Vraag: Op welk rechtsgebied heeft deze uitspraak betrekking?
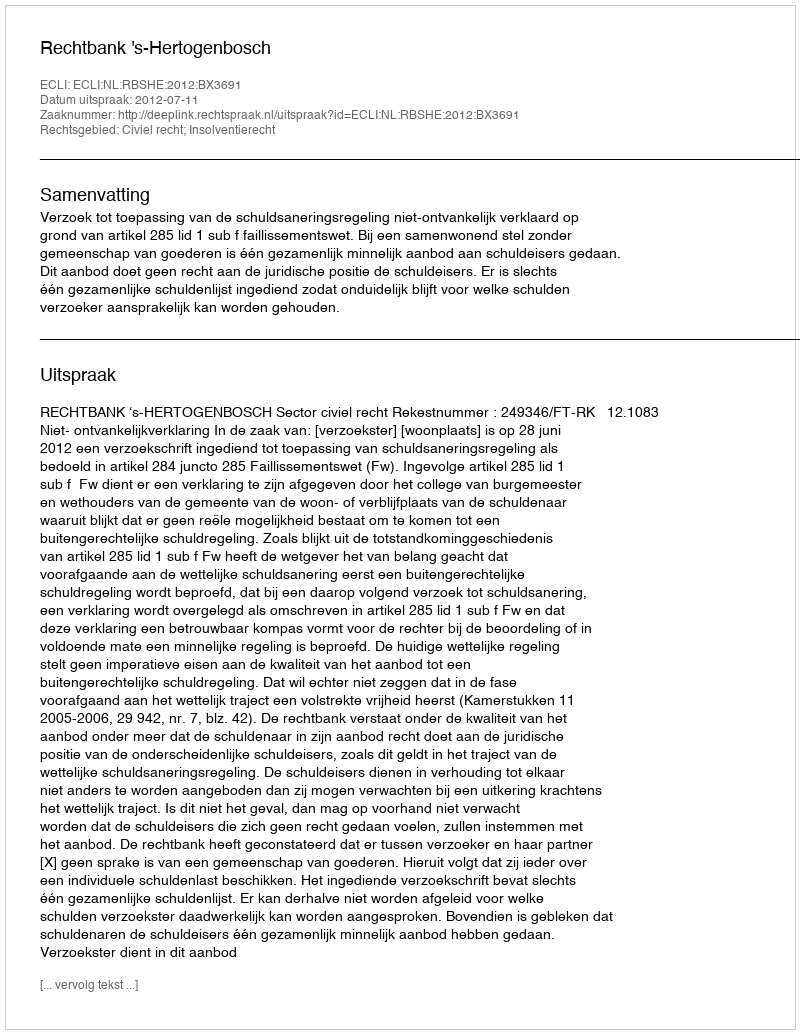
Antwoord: Civiel recht; Insolventierecht